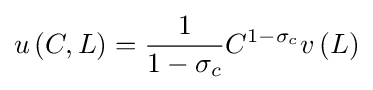
u\left({C,L}\right)={\frac {1}{1-{\sigma _{c}}}}{C^{1-{\sigma _{c}}}}v\left(L\right)